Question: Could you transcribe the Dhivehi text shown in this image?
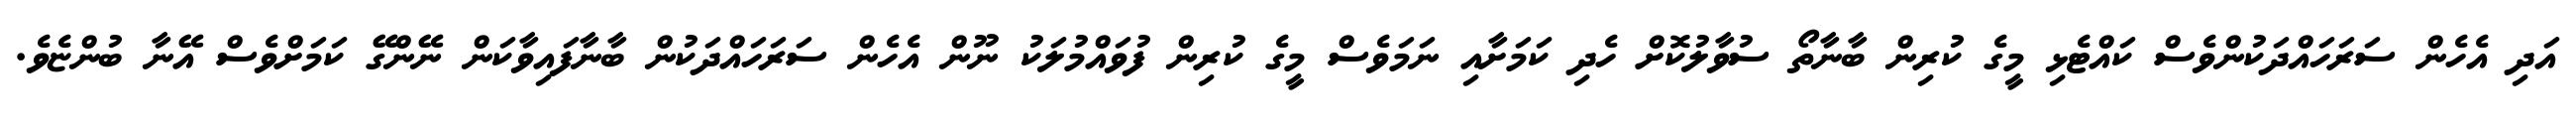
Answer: އަދި އެހެން ސަރަހައްދަކުންވެސް ކައްޓެޅި މީގެ ކުރިން ބާނާތޯ ސުވާލުކޮށް ހެދި ކަމަށާއި ނަމަވެސް މީގެ ކުރިން ފުވައްމުލަކު ނޫން އެހެން ސަރަހައްދަކުން ބާނާފައިވާކަން ނޭންގޭ ކަމަށްވެސް އޭނާ ބުންޏެވެ.